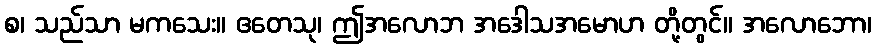
စ၊ သည်သာ မကသေး။ ဧတေသု၊ ဤအလောဘ အဒေါသအမောဟ တို့တွင်။ အလောဘော၊